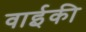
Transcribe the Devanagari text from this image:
वाईकी